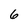
Character: 6